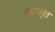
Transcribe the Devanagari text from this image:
पवनामृत